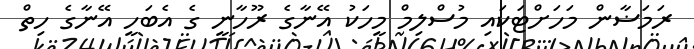
ރަމަޟާން މަހަށްޓަކައި މުސްލިމް މީހަކު އޭނާގެ ރޫހާނީ ގެ އެބަހީ އޭނާގެ ހިތް